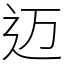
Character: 迈